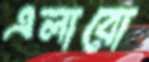
এলাবো